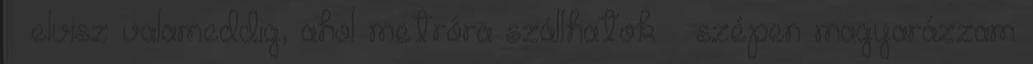
– elvisz valameddig, ahol metróra szállhatok – szé­pen magyarázzam